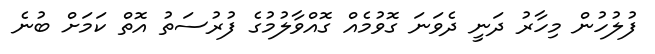
ފުލުހުން މިހާރު ދަނީ ދެވަނަ ގޮވުމެއް ގޮއްވާލުމުގެ ފުރުސަތު އޮތް ކަމަށް ބުނެ